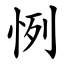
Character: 㤡